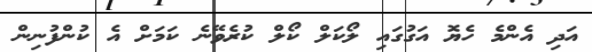
އަދި އެންމެ ހެޔޮ އަގުގައި ލޯކަލް ކޯލް ކުރެވޭނެ ކަމަށް އެ ކުންފުނިން